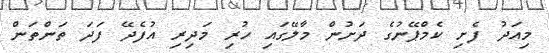
މިއަދު ފެށި ކެމްޕޭނުގެ ދަށުން މާލޭގައި ހުރި މަދިރި އުފެދޭ ފަދަ ތަންތަން